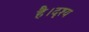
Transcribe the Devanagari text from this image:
है।दृश्य